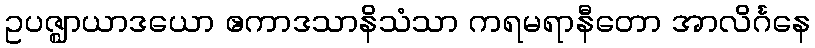
ဥပဇ္ဈာယာဒယော ဧကာဒသာနိသံသာ ကရမရာနီတော အာလိင်္ဂနေ